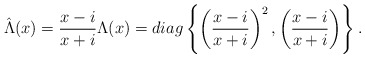
\begin{align*}\hat{\Lambda}(x) = \frac{x - i}{x + i} \Lambda(x) = diag\left\{\left(\frac{x - i}{x + i}\right)^2, \left(\frac{x - i}{x + i}\right)\right\}.\end{align*}